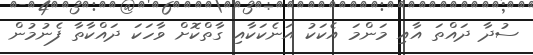
ސުދާ ދައްތަ އާއި މަންމަ އެކަކު އަނެކަކާއި ގާތްކޮށް ވާހަކަ ދައްކާތާ ފެނުމުން